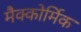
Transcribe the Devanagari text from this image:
मैक्कोर्मिक